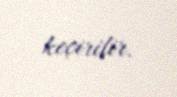
keçirilir.